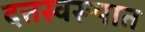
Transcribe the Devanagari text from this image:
दत्तस्वरूपात